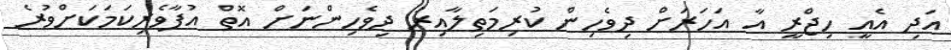
އަދި އެއީ ހިޖްރީ އާ އަހަރަށް ދިވެހިން ކުރިމަތިލާއިރު ދިވެހިންނަށް އޮތް އުފާވެރިކަމަކަށްވުރެ